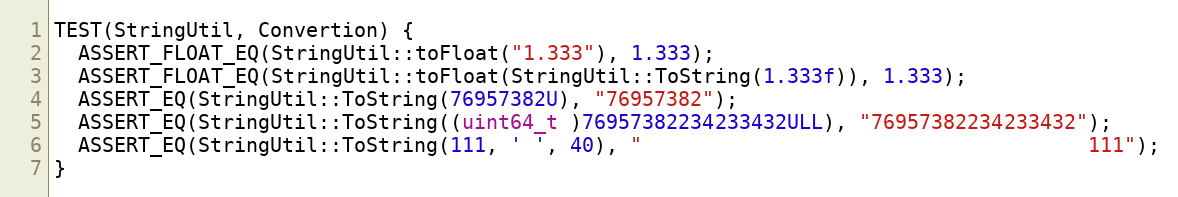
Language: C++
TEST(StringUtil, Convertion) {
  ASSERT_FLOAT_EQ(StringUtil::toFloat("1.333"), 1.333);
  ASSERT_FLOAT_EQ(StringUtil::toFloat(StringUtil::ToString(1.333f)), 1.333);
  ASSERT_EQ(StringUtil::ToString(76957382U), "76957382");
  ASSERT_EQ(StringUtil::ToString((uint64_t )76957382234233432ULL), "76957382234233432");
  ASSERT_EQ(StringUtil::ToString(111, ' ', 40), "                                     111");
}